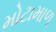
મોટામાળ